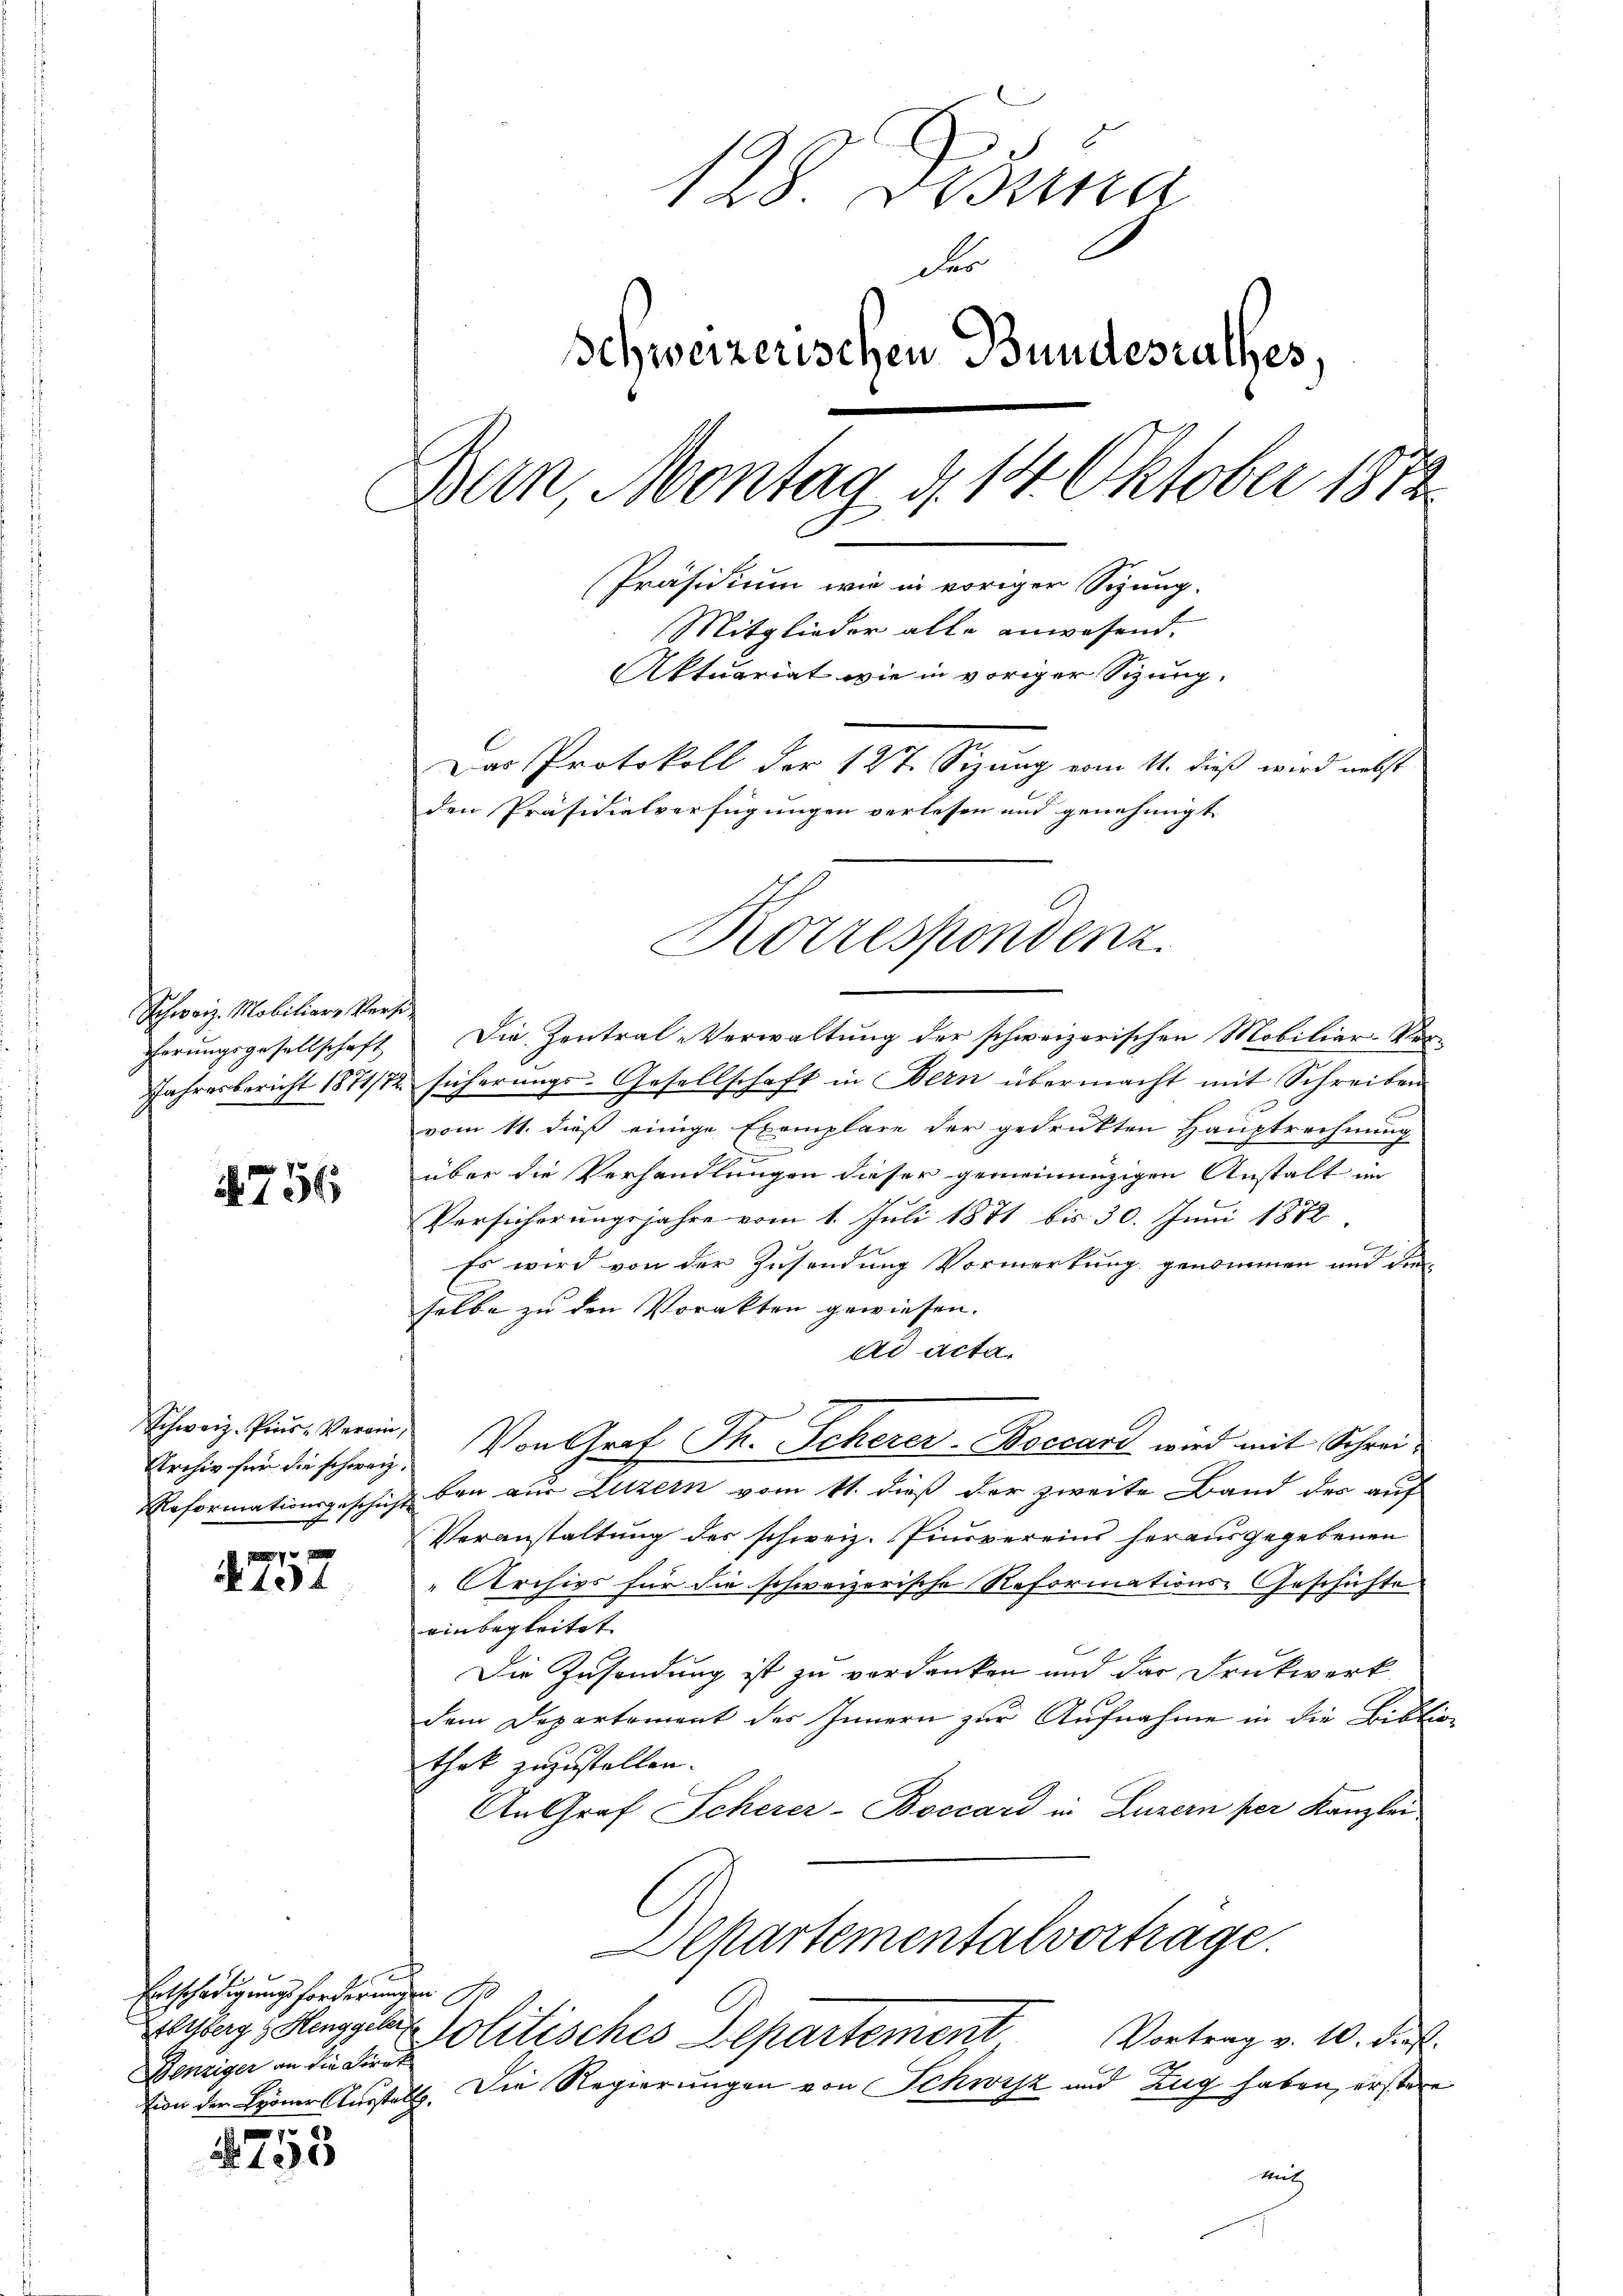
Schweiz. Mobiliar Versi
ferungsgesellschaft

1756

Schweiz. Pins-Verein
Archiv für die schweiz.
Reformationsgeschich

N 194

Entschädigungsforderungen Fr
enziger an die Diret

7
105

128 Disena
der
Schweizerischen Bundesrathes,
Bern, Montag d. 14 Oktober 1872
Präsidium wie in voriger Sizung.
Mitglieder alle anwesend.
Aktuariat wie in voriger Sizung.
Das Protokoll der 127. Sizung vom 11. dieß wird nebst
den Präsidialverfügungen verlesen und genehmigt
Korrespondenz.

Die Zentral-Verwaltung der schweizerischen Mobiliar-Ver-
Jahresbericht 1871/12 sicherŭngs-Gesellschaft in Bern übermacht mit Schreiben
vom 11. dieß einige Exemplare der gedrükten Hauptrechnung
E
über die Verhandlungen dieser gemeinunzigen Anstalt im
Versicherungsjahre vom 1. Juli 1871 bis 30. Juni 1872
Es wird von der Zusendung Vormerkung genommen und die
selbe zu den Vorakten gewiesen.
ad acta.
Von Graf Th. Scherer-Boccari wird mit Schreiben aus Luzern vom 11. dieß der zweite Band der auf
Veranstaltung des schweiz. Pinsvereins herausgegebenen
Archivs für die schweizerische Reformations-Geschichte
einbegleitet
Die Zusendung ist zu verdanken und das Druckwerk
dem Departement des Innern zur Aufnahme in die Biblie
thek zuzustellen.
An Graf Scherer-Boccard in Luzern per Kanzlei
Departementalvortrage.
Zeileg, Henggelis Politisches Departement
Vortrag v. 10. dies
vion den Lyoner Ausstatt. Die Regierungen von Schwifz und Zug haben, erstere

u